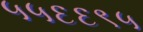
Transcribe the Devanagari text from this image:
५५६६९५